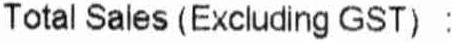
TOTAL SALES (EXCLUDING GST) :